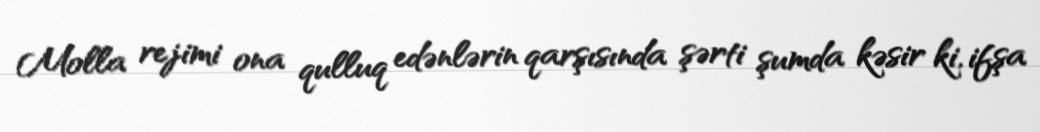
Molla rejimi ona qulluq edənlərin qarşısında şərti şumda kəsir ki, ifşa